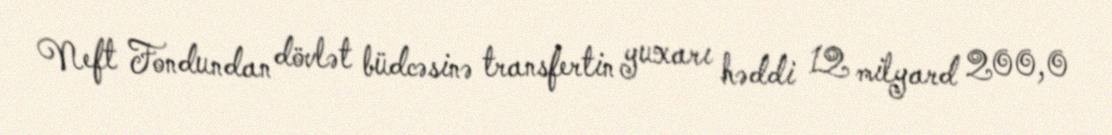
Neft Fondundan dövlət büdcəsinə transfertin yuxarı həddi 12 milyard 200,0